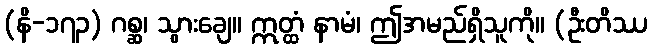
(နိ-၁၇၃) ဂစ္ဆ၊ သွားချေ။ ဣတ္ထံ နာမံ၊ ဤအမည်ရှိသူကို။ (ဦးတိဿ